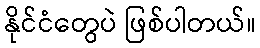
နိုင်ငံတွေပဲ ဖြစ်ပါတယ်။